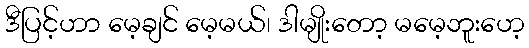
ဒီပြင့်ဟာ မေ့ချင် မေ့မယ်၊ ဒါမျိုးတော့ မမေ့ဘူးဟေ့